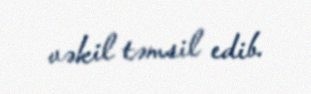
vəkil təmsil edib.